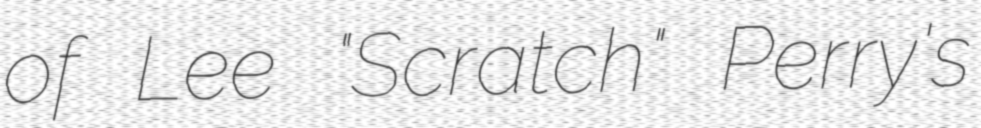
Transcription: of Lee "Scratch" Perry's